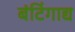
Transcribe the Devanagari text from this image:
बंटिंगाद्य